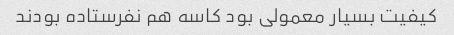
کیفیت بسیار معمولی بود کاسه هم نفرستاده بودند